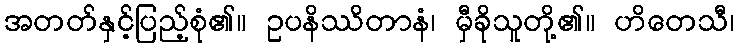
အတတ်နှင့်ပြည့်စုံ၏။ ဥပနိဿိတာနံ၊ မှီခိုသူတို့၏။ ဟိတေသီ၊